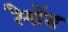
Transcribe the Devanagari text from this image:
रैमोंस